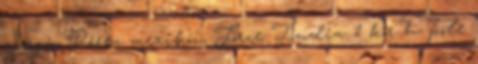
Sergio Perez mexikói, Force India 1 kör h. pole